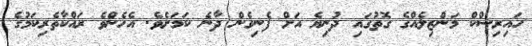
ހައިރިސްކް މަންޒިލެއްގެ ގޮތުގައި ދުނިޔެ އަށް ފެނިގެން ދާނެ ކަމަށެވެ. އެހެންވެ ރައްކާތެރިކަމުގެ